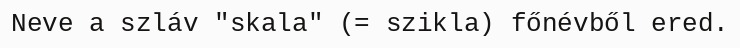
Neve a szláv "skala" (= szikla) főnévből ered.